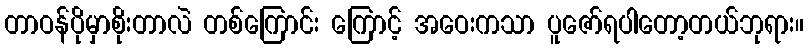
တာဝန်ပိုမှာစိုးတာလဲ တစ်ကြောင်း ကြောင့် အဝေးကသာ ပူဇော်ရပါတော့တယ်ဘုရား။